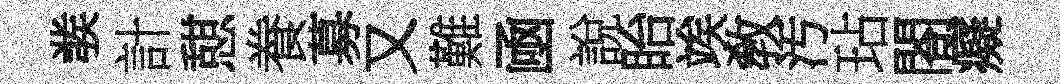
彂計憇飬募又難凾說眙竢敎汚玷閤癡